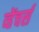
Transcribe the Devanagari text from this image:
व्हेंचर्स